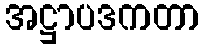
အဋ္ဌာပဒကတာ